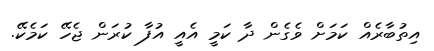
އިތުބާރެއް ކަމަށް ވެގެން ދާ ކަމީ އެއީ އުފާ ކުރަން ޖެހޭ ކަމެކޭ.